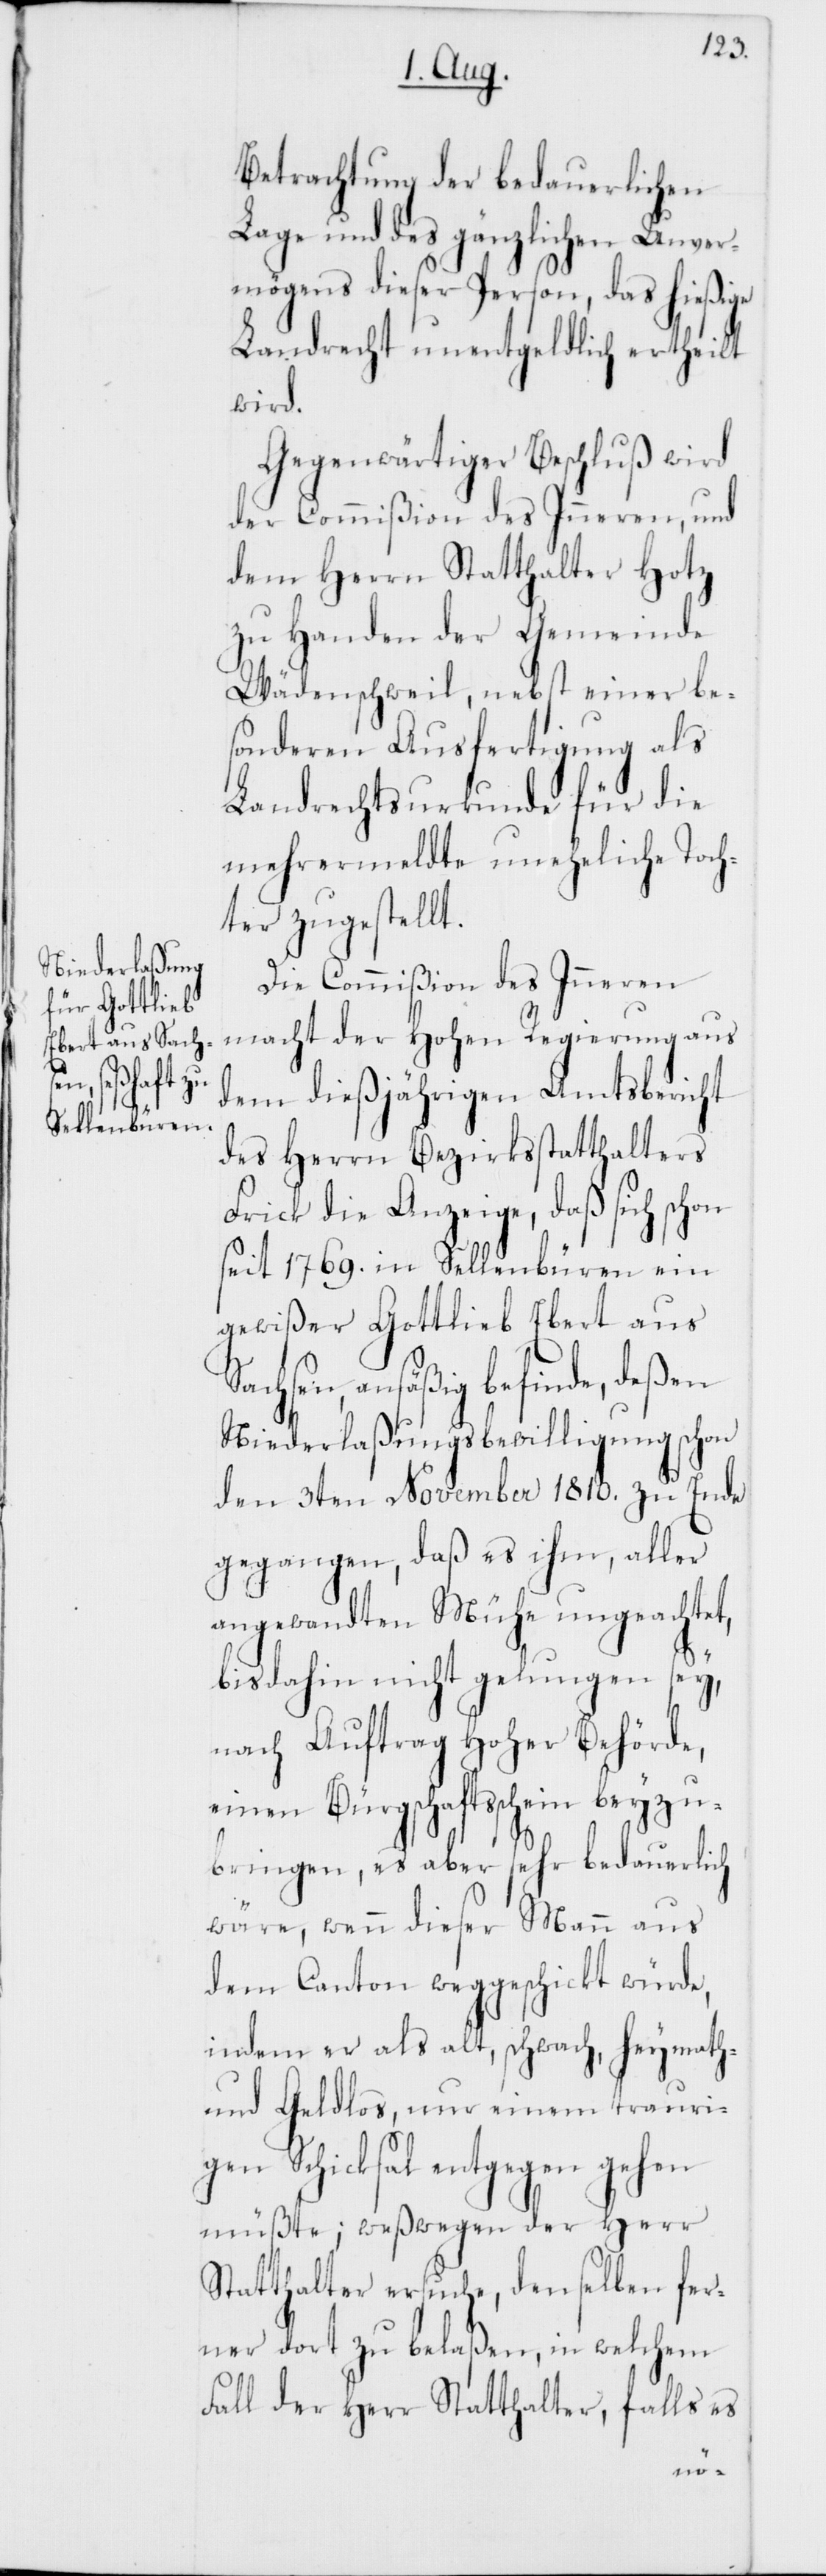
em trauri¬

Betrachtung der bedauerlichen
Lage und des gänzlichen Unver¬
mögens dieser Person, das hießige
Landrecht unentgeldlich ertheilt
wird.
Gegenwärtiger Beschluß wird
der Commißion des Inneren, und
dem Herrn Statthalter Hotz
zu Handen der Gemeinde
Wädenschweil, nebst einer be¬
sonderen Ausfertigung als
Landrechtsurkunde für die
mehrermeldte uneheliche Toch¬
ter zugestellt.
Die Commißion des Inneren
macht der Hohen Regierung aus
dem dießjährigen Amtsbericht
des Herrn Bezirksstatthalters
Frick die Anzeige, daß sich schon
seit 1769. in Sellenbüren ein
gewißer Gottlieb Ebert aus
Sachsen ansäßig befinde, deßen
Niederlaßungs-Bewilligung schon
den 3ten November 1810. zu Ende
gegangen, daß es ihm, aller
angewandten Mühe ungeachtet,
bis dahin nicht gelungen sey,
nach Auftrag Hoher Behörde,
einen Bürgschaftsschein beyzu¬
bringen, es aber sehr bedauerlich
wäre, wenn dieser Mann aus
dem Canton weggeschickt würde,
indem er als alt, schwach, heymath-
gen Schicksal entgegen gehen
müßte; weßwegen der Herr
Statthalter ersuche, denselben fer¬
ner dort zu belaßen, in welchem
Fall der Herr Statthalter, falls es
ein¬